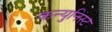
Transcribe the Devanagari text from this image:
कन्युनिस्ट